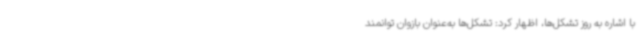
با اشاره به روز تشکل‌ها، اظهار کرد: تشکل‌ها به‌عنوان بازوان توانمند